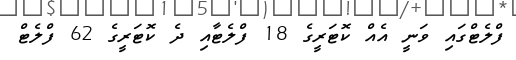
ފްލެޓްގައި ވަނީ އެއް ކޮޓަރީގެ 18 ފްލެޓާއި ދެ ކޮޓަރީގެ 62 ފްލެޓް